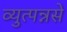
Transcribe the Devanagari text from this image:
व्युत्पन्नसे